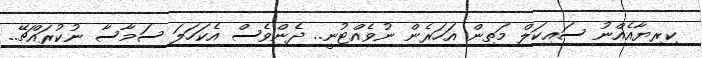
ކިރިޔާއެއްނު ސައިކަލް މަތިން އަހަރެން ނުވެއްޓުނީ.. ދެންވެސް އެކަހަލަ ސަމާސާ ނުކުރައްޗޭ..